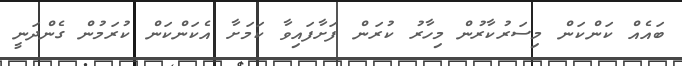
ބައެއް ކަންކަން މިސަރުކާރުން މިހާރު ކުރަން ފަށާފައިވާ ކަމަށާ އެކަންކަން ކުރަމުން ގެންދަނީ